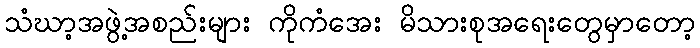
သံဃာ့အဖွဲ့အစည်းများ ကိုကံအေး မိသားစုအရေးတွေမှာတော့